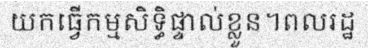
យកធ្វើកម្មសិទ្ធិផ្ទាល់ខ្លួន។ពលរដ្ឋ